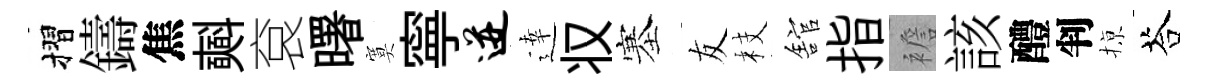
摺鑄焦𣂏袞曙寞寧迸逹𠬧塞友枝舘指襜該醴判𢱊荅